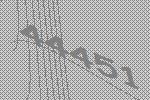
44451